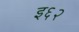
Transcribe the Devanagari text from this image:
इ६२